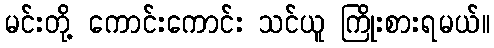
မင်းတို့ ကောင်းကောင်း သင်ယူ ကြိုးစားရမယ်။